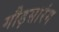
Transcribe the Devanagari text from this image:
गौड़सारंग